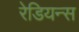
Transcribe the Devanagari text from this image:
रेडियन्स